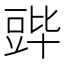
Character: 𬤷